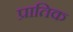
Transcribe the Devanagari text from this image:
प्रातिक